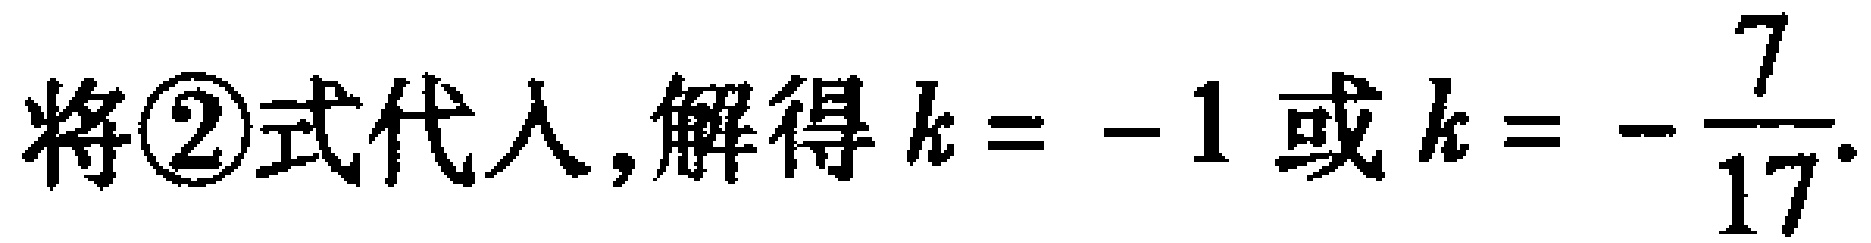
将\textcircled{2}式代入,解得\(k = -1\)或\(k = -\dfrac{7}{17}\).